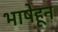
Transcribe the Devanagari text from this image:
भाषेहून